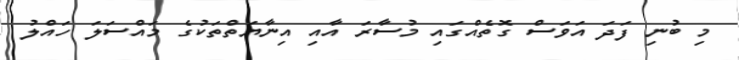
މި ބުނި ފަދަ އަވަސް ގޮތެއްގައި މުސާރަ އާއި އިނާޔަތްތަކުގެ މައްސަލަ ހައްލު